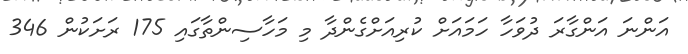
އަންނަ އަންގާރަ ދުވަހާ ހަމައަށް ކުރިއަށްގެންދާ މި މަހާސިންތާގައި 175 ރަށަކުން 346